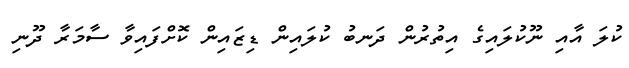
ކުލަ އާއި ނޫކުލައިގެ އިތުރުން ދަނބު ކުލައިން ޑިޒައިން ކޮށްފައިވާ ސާމަރާ ދޫނި